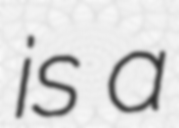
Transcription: is a